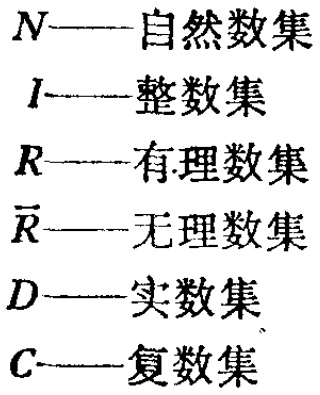
$N$——自然数集

$I$——整数集

$R$——有理数集

$\overline{R}$——无理数集

$D$——实数集

$C$——复数集